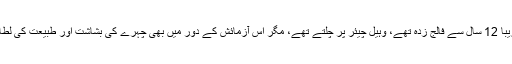
مولانا مرحوم تقریباً 12 سال سے فالج زدہ تھے، وہیل چیئر پر چلتے تھے، مگر اس آزمائش کے دور میں بھی چہرے کی بشاشت اور طبیعت کی لطافت قابل دید تھی۔